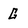
Character: G